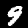
Digit: 9